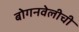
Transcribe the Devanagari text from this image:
बोगनवेलीची